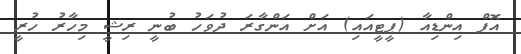
އޮފް އިންޑިއާ (ޕީޓީއައި) އަށް އަންގާރަ ދުވަހު ބުނީ ރިޝީ މިހާރު ހުރީ